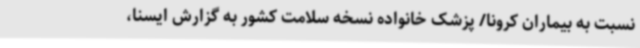
نسبت به بیماران کرونا/ پزشک خانواده نسخه سلامت کشور به گزارش ایسنا،